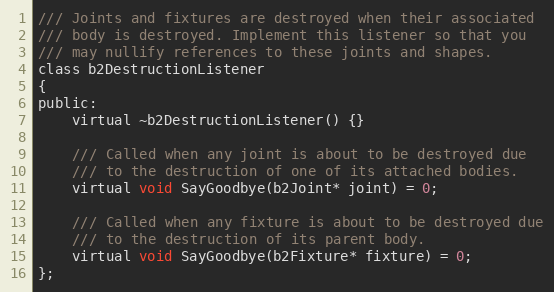
Language: C
/// Joints and fixtures are destroyed when their associated
/// body is destroyed. Implement this listener so that you
/// may nullify references to these joints and shapes.
class b2DestructionListener
{
public:
	virtual ~b2DestructionListener() {}

	/// Called when any joint is about to be destroyed due
	/// to the destruction of one of its attached bodies.
	virtual void SayGoodbye(b2Joint* joint) = 0;

	/// Called when any fixture is about to be destroyed due
	/// to the destruction of its parent body.
	virtual void SayGoodbye(b2Fixture* fixture) = 0;
};